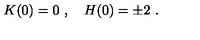
K ( 0 ) = 0 \ , \quad H ( 0 ) = \pm 2 \ .